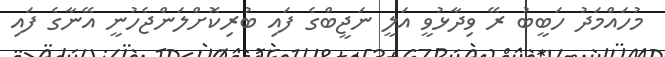
މުހައްމަދު ހަބީބު ރޭ ވިދާޅުވީ އަލީ ނަޖީބްގެ ފައި ބުރިކޮށްލަންޖެހުނީ އޭނާގެ ފައި